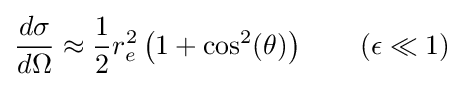
{\frac {d\sigma }{d\Omega }}\approx {\frac {1}{2}}r_{e}^{2}\left(1+\cos ^{2}(\theta )\right)\qquad (\epsilon \ll 1)